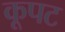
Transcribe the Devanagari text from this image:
कूपट